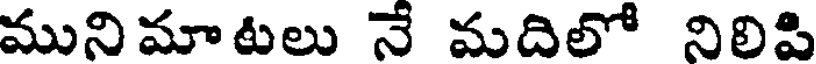
మునిమాటలు నే మదిలో నిలిపి